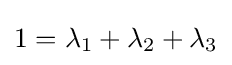
1=\lambda _{1}+\lambda _{2}+\lambda _{3}